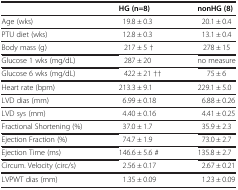
<table><thead><tr><td><b> </b></td><td><b>HG (n=8)</b></td><td><b>nonHG (8)</b></td></tr></thead><tbody><tr><td>Age (wks)</td><td>19.8 ± 0.3</td><td>20.1 ± 0.4</td></tr><tr><td>PTU diet (wks)</td><td>12.8 ± 0.3</td><td>13.1 ± 0.4</td></tr><tr><td>Body mass (g)</td><td>217 ± 5 †</td><td>278 ± 15</td></tr><tr><td>Glucose 1 wks (mg/dL)</td><td>287 ± 20</td><td>no measure</td></tr><tr><td>Glucose 6 wks (mg/dL)</td><td>422 ± 21 ††</td><td>75 ± 6</td></tr><tr><td>Heart rate (bpm)</td><td>213.3 ± 9.1</td><td>229.1 ± 5.0</td></tr><tr><td>LVD dias (mm)</td><td>6.99 ± 0.18</td><td>6.88 ± 0.26</td></tr><tr><td>LVD sys (mm)</td><td>4.40 ± 0.16</td><td>4.41 ± 0.25</td></tr><tr><td>Fractional Shortening (%)</td><td>37.0 ± 1.7</td><td>35.9 ± 2.3</td></tr><tr><td>Ejection Fraction (%)</td><td>74.7 ± 1.9</td><td>73.0 ± 2.7</td></tr><tr><td>Ejection Time (ms)</td><td>146.6 ± 5.6 #</td><td>135.8 ± 2.7</td></tr><tr><td>Circum. Velocity (circ/s)</td><td>2.56 ± 0.17</td><td>2.67 ± 0.21</td></tr><tr><td>LVPWT dias (mm)</td><td>1.35 ± 0.09</td><td>1.23 ± 0.09</td></tr></tbody></table>